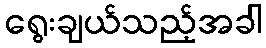
ရွေးချယ်သည့်အခါ